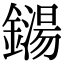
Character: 鐋